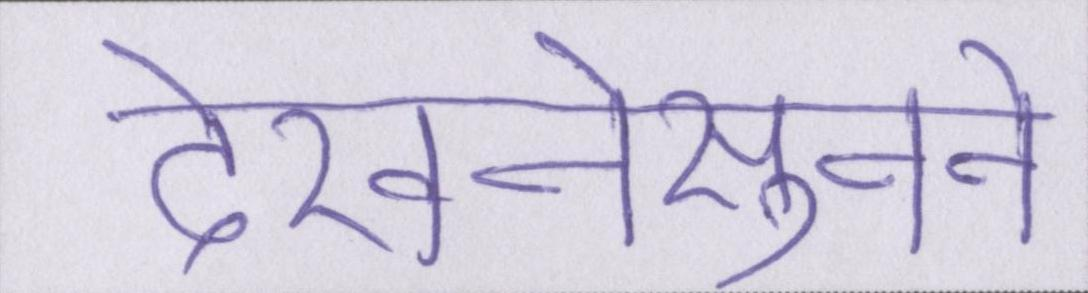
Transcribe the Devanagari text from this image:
देखनेसुनने